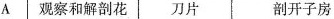
A 观察和解剖花 刀片 剖开子房